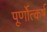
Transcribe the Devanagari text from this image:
पूर्णोत्कर्ष